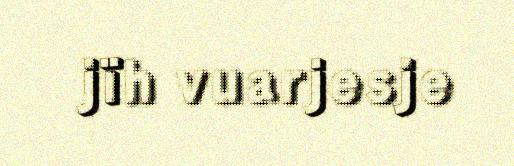
jïh vuarjesje